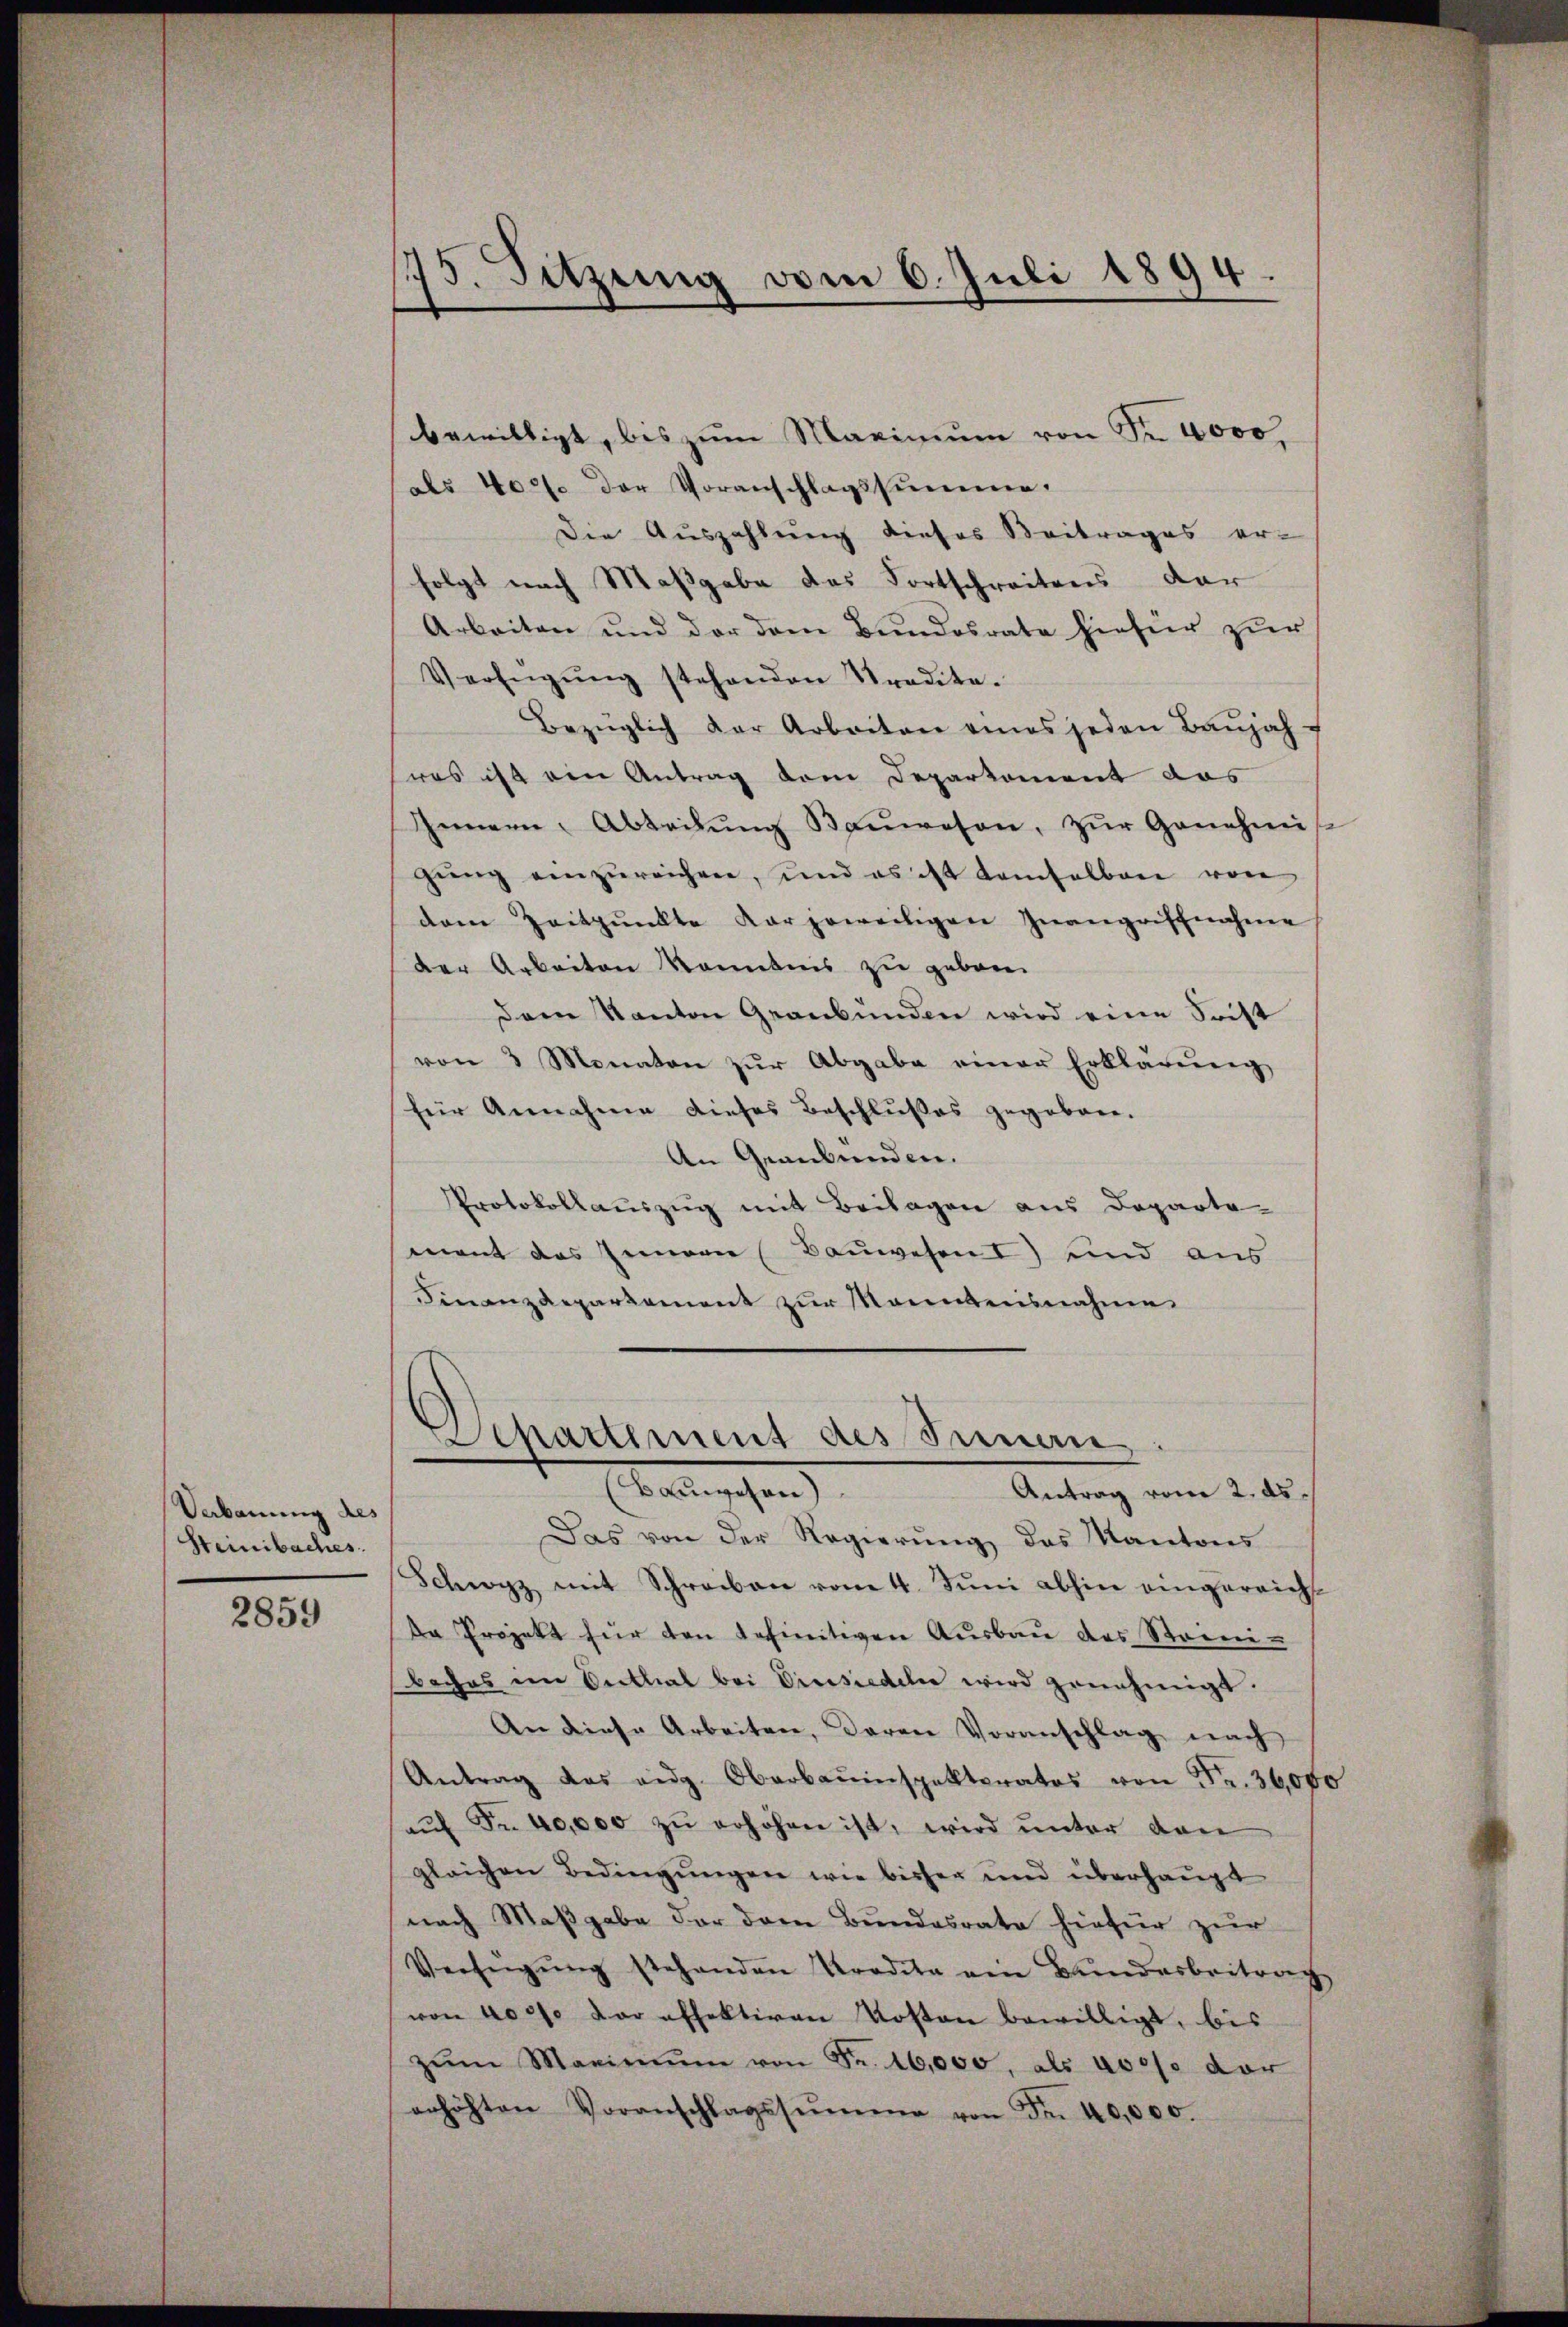
Verbauung des
Steinbaches.

2859

175. Sitzung vom 6. Juli 1894.

bewilligt, bis zum Maximum von Fr. 4000
als 400 der Voranschlagssumme.
Die Auszahlung dieses Beitrages er-
folgt nach Maßgabe des Fortschreitens dar
Arbeiten und der dem Bundesrate hiefür zŭr
Verfŭgŭng stehenden Stradite.
Bezüglich der Arbeiten eines jeden Baŭjah-
was ist ein Antrag dem Departement das
Gemein-Abteilŭng Baŭwesen, zŭr Genehmi-
gŭng einzŭreichen, und es ist damselben von
dem Zeitpunkte Karjeweiligen Inangriffnahme
der Arbeiten kanntnis zu geboren
Dem Kanton Graubünden wird eine Spitt
von 3 Monaten zŭr Abgabe einer Erklärŭng
für Annahme dieses Beschlŭβes gegeben.
An Graubünden.
Protokollauszug mit Beilagen aus Departe
mant das Innern (Bauwesen I) und aus
Finanzdepartement zur Manntensnahme

Separtiment des Innen
Badischen
Antrag vom 2. ds.

Das von der Regierŭng des Kantons
Schwyz mit Schreiben vom 4. Juni abhin eingereicht
Da Projekt für den definitiven Aŭsbaŭ des Stoni-
boches in Seithal bei Einsiedeln wird genehmigt.
An diese Arbeiten, daran Voranschlag nach
Antrag das eidg. Oberbauinspektoratos von Fr. 36,000
haŭf Fr. 40,000 zu erhöhen ist, wird unter den
gleichen Bedingŭngen wie bisher und überhaupt
nach Maßgabe der dann Bundesrate hiefür zur
Verfügŭng stehenden Kredita ein Bunderbeitrach
von 40% der effektiven Kosten bewilligt, bis
zŭm Maximŭm von Fr. 16,000, als vorso dar
erhöhten Voranschlagssŭmme von Fr. 40,000.